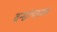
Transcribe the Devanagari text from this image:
वन्द्योपाध्याय